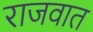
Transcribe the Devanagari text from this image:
राजवात